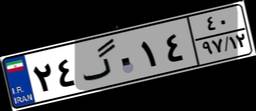
۲۴گ۰۱۴۴۰